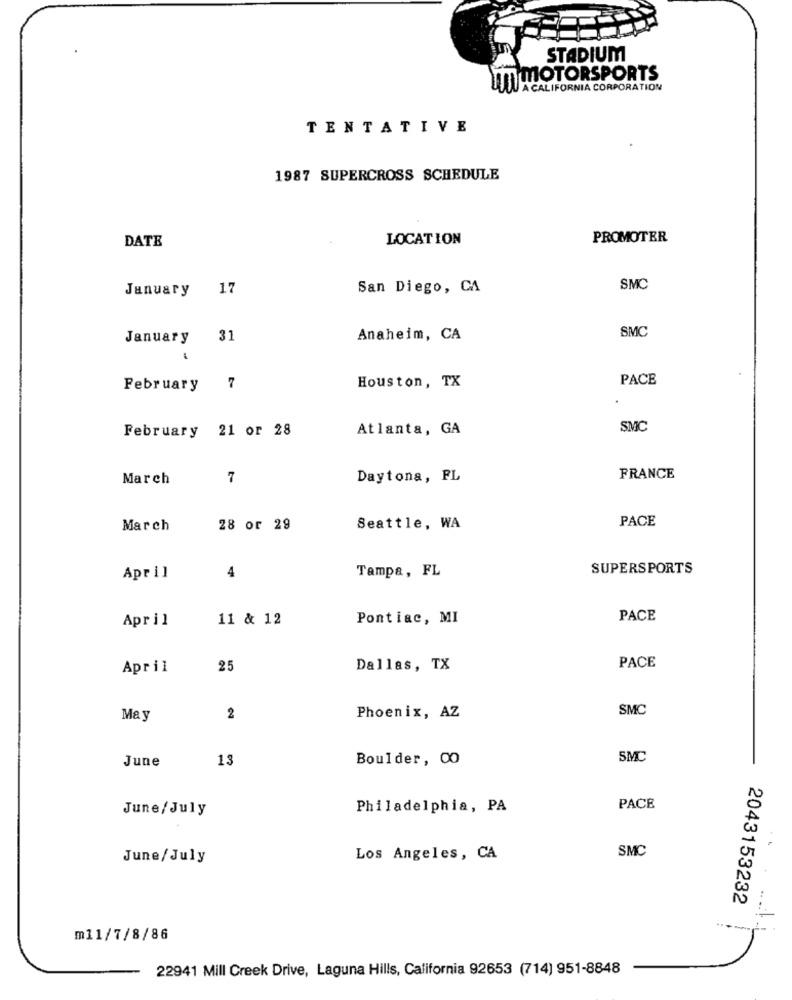
STADIUM
IT MOTORSPORTS
A CALIFORNIA CORPORATION
TENTATIVE
1987 SUPERCROSS SCHEDULE
DATE
LOCATION
PROMOTER
January 17
San Diego, CA
SMC
SMC
January
31
Anaheim, CA
.
PACE
February
7
Houston, TX
February 21 or 28
Atlanta, GA
SMC
March
7
Daytona, FL
FRANCE
PACE
March
28 or 29
Seattle, WA
Tampa, FL
SUPERSPORTS
April
4
April
11 & 12
Pontiac, MI
PACE
April
25
Dallas, TX
PACE
SMC
May
2
Phoenix, AZ
June
13
Boulder, 00
SMC
June/July
Philadelphia, PA
PACE
SMC
June/July
Los Angeles, CA
2043153232
--
m11/7/8/86
22941 Mill Creek Drive, Laguna Hills, California 92653 (714) 951-8848